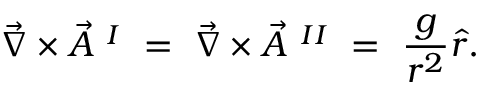
\vec { \nabla } \times \vec { A } ~ ^ { I } ~ = ~ \vec { \nabla } \times \vec { A } ~ ^ { I I } ~ = ~ { \frac { g } { r ^ { 2 } } } \hat { r } .